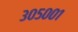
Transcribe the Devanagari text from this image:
३०५००१